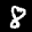
Label: 8